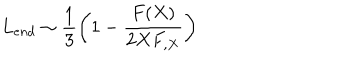
L _ { e n d } \sim \frac { 1 } { 3 } \left( 1 - \frac { F ( X ) } { 2 X F _ { , X } } \right)